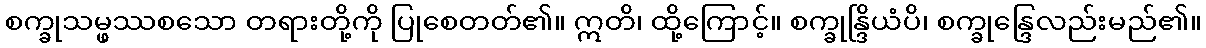
စက္ခုသမ္ဖဿစသော တရားတို့ကို ပြုစေတတ်၏။ ဣတိ၊ ထို့ကြောင့်။ စက္ခုန္ဒြိယံပိ၊ စက္ခုန္ဒြေလည်းမည်၏။